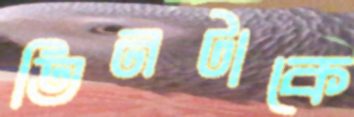
তিনটাকে